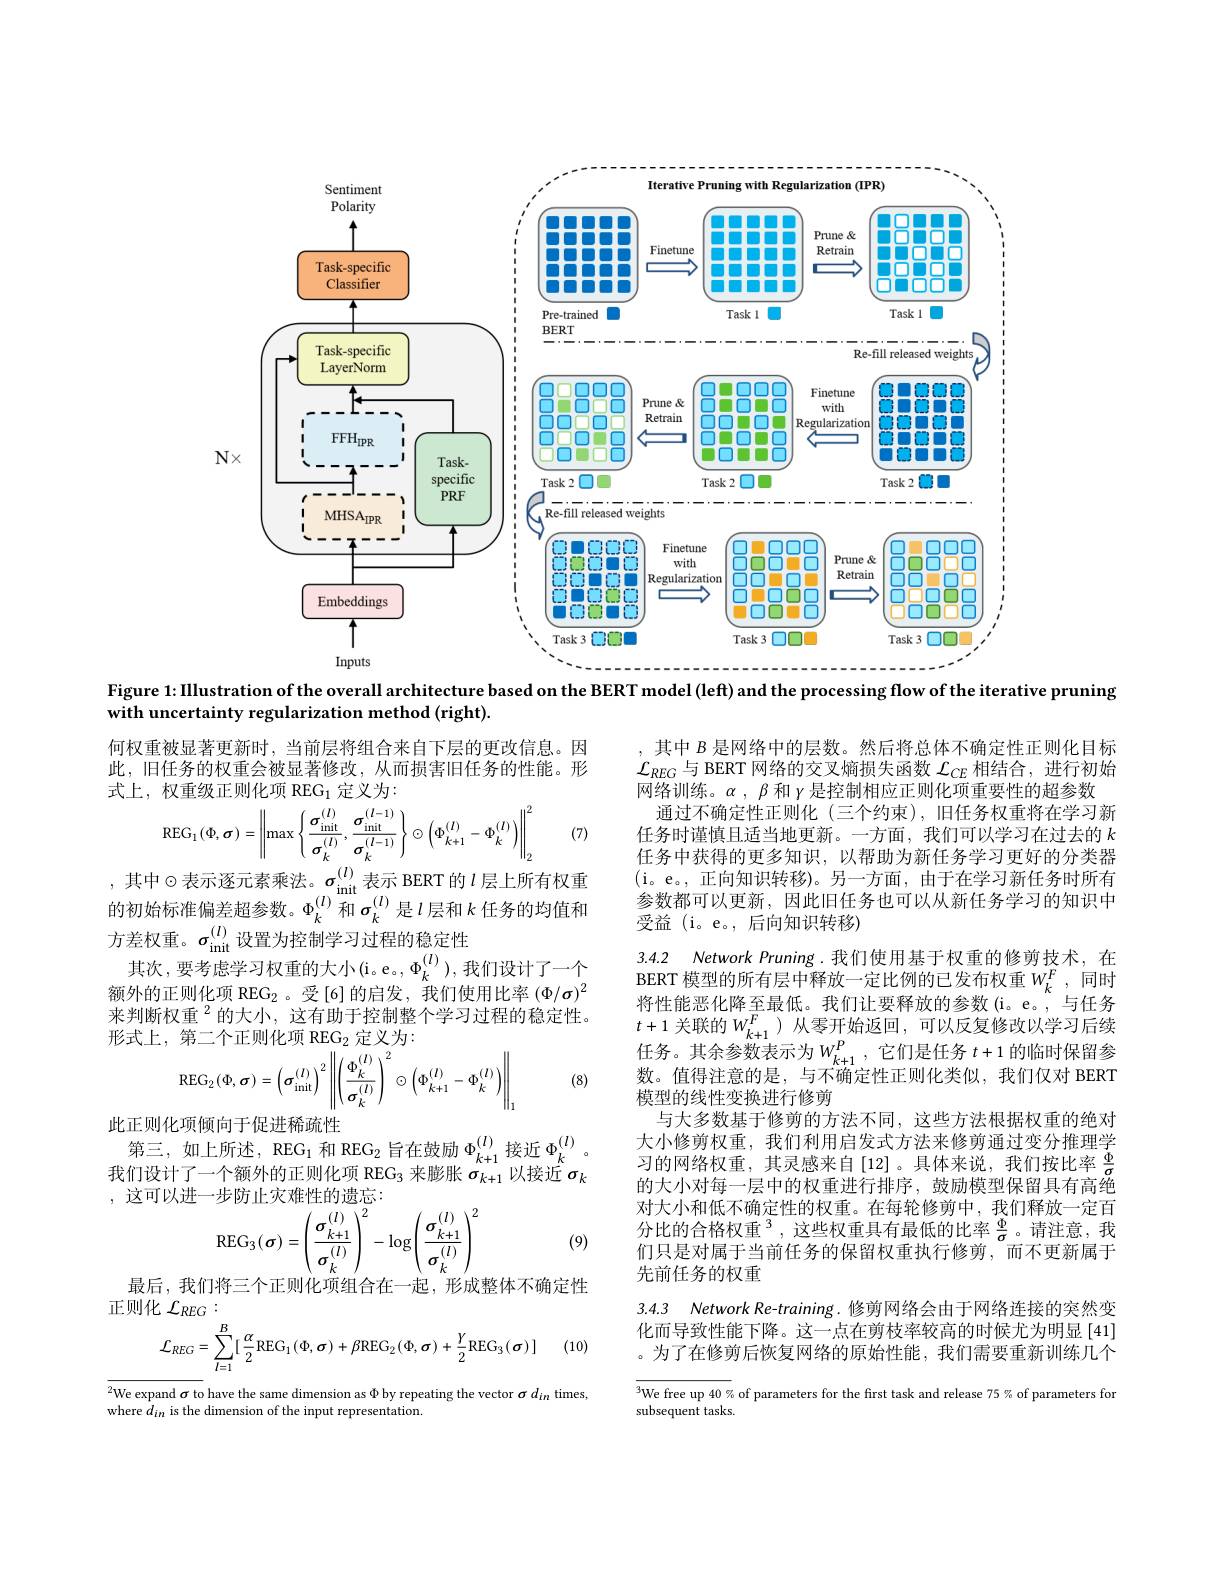
<FigureHere>
Figure 1: Illustration of the overall architecture based on the BERT model (left) and the processing flow of the iterative pruning

with uncertainty regularization method (right).

何权重被显著更新时，当前层将组合来自下层的更改信息。因此，旧任务的权重会被显著修改，从而损害旧任务的性能。形式上，权重级正则化项 REG$_1$定义为：
$$\mathrm{REG}_{1}(\Phi,\sigma)=\left\|\max\left\{\frac{\sigma_{\mathrm{init}}^{(l)}}{\sigma_{k}^{(l)}},\frac{\sigma_{\mathrm{init}}^{(l-1)}}{\sigma_{k}^{(l-1)}}\right\}\odot\left(\Phi_{k+1}^{(l)}-\Phi_{k}^{(l)}\right)\right\|_{2}^{2}$$
(7)

, 其 中 $\odot$表 示 逐 元 素 乘 法 。$\sigma _{\mathrm{init}}^{( l) }$表 示 BERT 的 $l$层 上 所 有 权 重 的 初 始 标 准 偏 差 超 参 数 。$\Phi _k^{( l) }$ 和 $\sigma _k^{( l) }$ 是 $l$层 和 $k$ 任 务 的 均 值 和

其中$B$是网络中的层数。然后将总体不确定性正则化目标$\mathcal{L}_{REG}$与 BERT 网络的交叉熵损失函数$\mathcal{L}_CE$相结合，进行初始网络训练。$\alpha,\beta$和$\gamma$是控制相应正则化项重要性的超参数
通过不确定性正则化(三个约束),旧任务权重将在学习新任务时谨慎且适当地更新。一方面，我们可以学习在过去的$k$ 任务中获得的更多知识，以帮助为新任务学习更好的分类器(i。e。,正向知识转移)。另一方面，由于在学习新任务时所有参数都可以更新，因此旧任务也可以从新任务学习的知识中受益 (i。e。,后向知识转移)

3.4.2 Network Pruning.我们使用基于权重的修剪技术，在BERT 模型的所有层中释放一定比例的已发布权重$W_k^F$,同时

方差权重。$\sigma_\mathrm{init}^{(l)}$设置为控制学习过程的稳定性
其次，要考虑学习权重的大小(i。e。$\Phi_k^{(l)}$),我们设计了一个额外的正则化项 REG$_{2}$。受[6]的启发，我们使用比率($\Phi/\sigma)^2$ 来判断权重$^{2}$的大小，这有助于控制整个学习过程的稳定性。形式上，第二个正则化项 REG$_2$定义为：
$$\begin{aligned}&\text{一}\\&\mathrm{REG}_{2}(\Phi,\sigma)=\left(\sigma_{\mathrm{init}}^{(l)}\right)^{2}\left\|\left(\frac{\Phi_{k}^{(l)}}{\sigma_{k}^{(l)}}\right)^{2}\odot\left(\Phi_{k+1}^{(l)}-\Phi_{k}^{(l)}\right)\right\|_{1}\end{aligned}$$
将性能恶化降至最低。我们让要释放的参数(i。e。,与任务$t+1$关联的$W_k+1^F$ )从零开始返回，可以反复修改以学习后续任务。其余参数表示为$W_k+1^P$,它们是任务 $t+1$ 的临时保留参数。值得注意的是，与不确定性正则化类似，我们仅对 BERT 模型的线性变换进行修剪
与大多数基于修剪的方法不同，这些方法根据权重的绝对大小修剪权重，我们利用启发式方法来修剪通过变分推理学习的网络权重，其灵感来自[12]。具体来说，我们按比率$\frac{\Phi}{\sigma}$ 的大小对每一层中的权重进行排序，鼓励模型保留具有高绝对大小和低不确定性的权重。在每轮修剪中，我们释放一定百分比的合格权重$^3$,这些权重具有最低的比率$\frac\Phi\sigma$。请注意，我们只是对属于当前任务的保留权重执行修剪，而不更新属于先前任务的权重

(8)

此正则化项倾向于促进稀疏性
第三，如上所述，REG$_1$和 REG$_2$旨在鼓励$\Phi_k+1^{(l)}$接近$\Phi_k^{(l)}$ 我们设计了一个额外的正则化项 REG$_3$来膨胀$\sigma_k+1$以接近$\sigma_k$ ,这可以进一步防止灾难性的遗忘：
$$\text{一少初正火雄住的四心}\\\mathrm{REG}_{3}(\boldsymbol{\sigma})=\left(\frac{\sigma_{k+1}^{(l)}}{\sigma_{k}^{(l)}}\right)^{2}-\log\left(\frac{\sigma_{k+1}^{(l)}}{\sigma_{k}^{(l)}}\right)^{2}$$
(9)

最后，我们将三个正则化项组合在一起，形成整体不确定性
正则化$\mathcal{L}_REG:$
$$\mathcal{L}_{REG}=\sum_{l=1}^{B}[\:\frac{\alpha}{2}\mathrm{REG}_{1}(\Phi,\sigma)+\beta\mathrm{REG}_{2}(\Phi,\sigma)+\frac{\gamma}{2}\mathrm{REG}_{3}(\sigma)\:]$$
3.4.3 Network Re-training. 修剪网络会由于网络连接的突然变化而导致性能下降。这一点在剪枝率较高的时候尤为明显[41] 。为了在修剪后恢复网络的原始性能，我们需要重新训练几个

(10)

$^{2}$We expand $\sigma$ to have the same dimension as $\Phi$ by repeating the vector $\sigma d_in$ times,
where $d_in$ is the dimension of the input representation.

$\overline{^3\text{We free up 40 \% of parameters for the first task and release 75 \% of parameters for}}$
subsequent tasks.